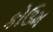
કોઉમ